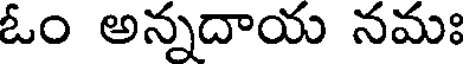
ఓం అన్నదాయ నమః